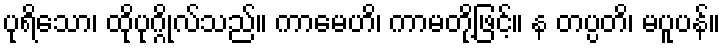
ပုရိသော၊ ထိုပုဂ္ဂိုလ်သည်။ ကာမေဟိ၊ ကာမတို့ဖြင့်။ န တပ္ပတိ၊ မပူပန်။